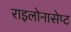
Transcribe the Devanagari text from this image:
राइलोनासेप्ट